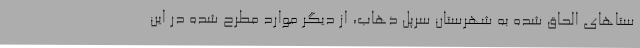
ستاهای الحاق شده به شهرستان سرپل ذهاب، از دیگر موارد مطرح شده در این